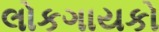
લોકગાયકો